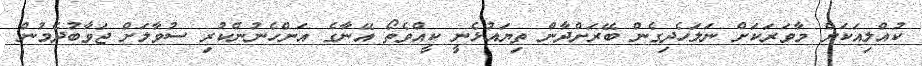
ކުއްލިއަކަށް މާވަރަކަށް ނަލަހެދިގެން ބޭރަށްދާން ތިޔައުޅެނީ ކީއްވެތޯ އޭނާގެ އަންހެނުންކުރި ސުވާލަށް ޖަވާބުދެމުން